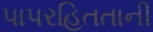
પાપરહિતતાની